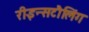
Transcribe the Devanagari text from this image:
रीइन्सटौलिंग